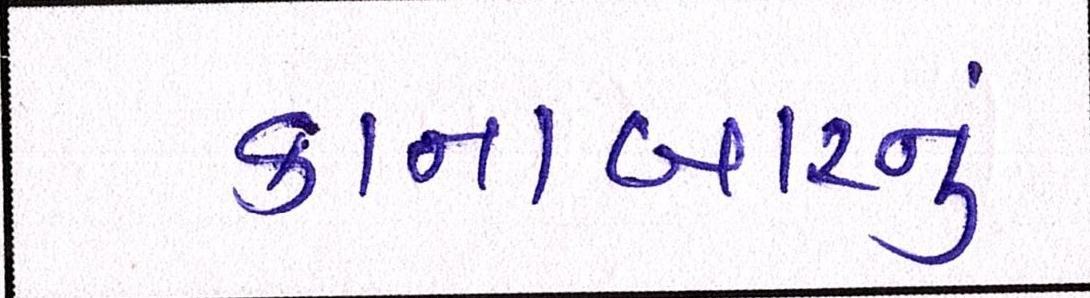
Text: કાનાબારનું